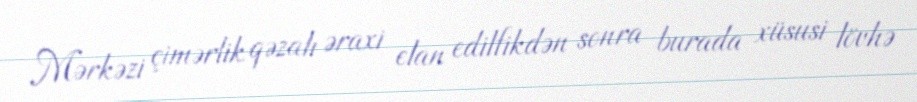
Mərkəzi çimərlik qəzalı əraxi elan edilfikdən sonra burada xüsusi lövhə